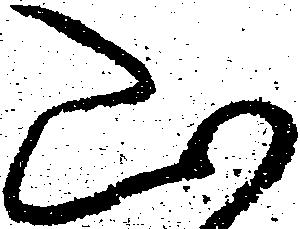
山